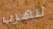
لنهرب